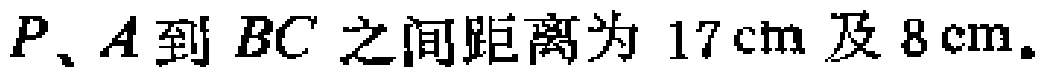
$P、A到BC之间距离为17\mathrm{cm}及8\mathrm{cm}.$